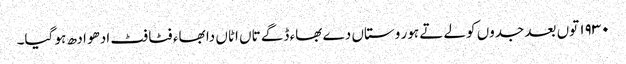
١٩٣٠ توں بعد جدوں کولے تے ہور وستاں دے بھاء ڈگے تاں اٹاں دا بھاء فٹا فٹ ادھو ادھ ہو گیا۔